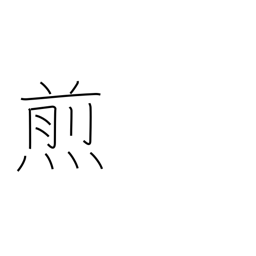
Meaning: broil